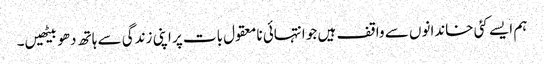
ہم ایسے کئی خاندانوں سے واقف ہیں جو انتہائی نامعقول بات پر اپنی زندگی سے ہاتھ دھو بیٹھیں۔